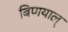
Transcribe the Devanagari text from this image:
बिणयाल्